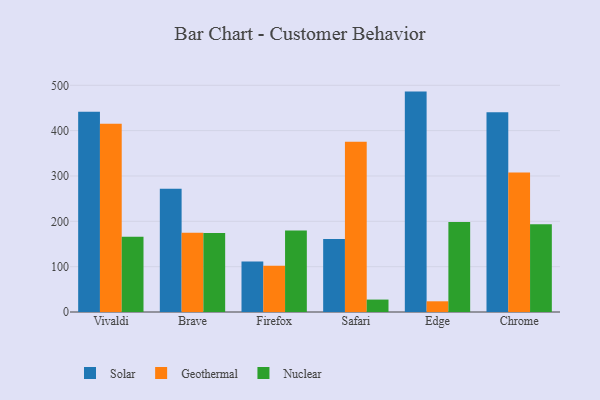
{"axis": {"x": "Browser", "y": "Demand Index"}, "legend": ["Geothermal", "Nuclear", "Solar"], "data": [{"x": "Vivaldi", "y": 441.5, "type": "Solar"}, {"x": "Vivaldi", "y": 415.4, "type": "Geothermal"}, {"x": "Vivaldi", "y": 165.7, "type": "Nuclear"}, {"x": "Brave", "y": 271.8, "type": "Solar"}, {"x": "Brave", "y": 174.9, "type": "Geothermal"}, {"x": "Brave", "y": 174.2, "type": "Nuclear"}, {"x": "Firefox", "y": 111.4, "type": "Solar"}, {"x": "Firefox", "y": 102.1, "type": "Geothermal"}, {"x": "Firefox", "y": 180.0, "type": "Nuclear"}, {"x": "Safari", "y": 160.9, "type": "Solar"}, {"x": "Safari", "y": 375.7, "type": "Geothermal"}, {"x": "Safari", "y": 27.4, "type": "Nuclear"}, {"x": "Edge", "y": 486.1, "type": "Solar"}, {"x": "Edge", "y": 23.6, "type": "Geothermal"}, {"x": "Edge", "y": 198.3, "type": "Nuclear"}, {"x": "Chrome", "y": 440.3, "type": "Solar"}, {"x": "Chrome", "y": 307.7, "type": "Geothermal"}, {"x": "Chrome", "y": 193.8, "type": "Nuclear"}]}